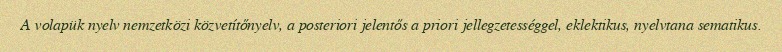
A volapük nyelv nemzetközi közvetítőnyelv, a posteriori jelentős a priori jellegzetességgel, eklektikus, nyelvtana sematikus.